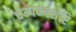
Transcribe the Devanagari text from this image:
चेम्पकश्शेरि